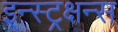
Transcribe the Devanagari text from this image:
इन्स्ट्रक्षन्स